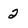
Character: 2